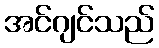
အင်ဂျင်သည်